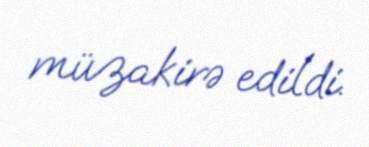
müzakirə edildi.